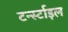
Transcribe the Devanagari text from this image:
टर्न्स्टाइल